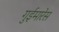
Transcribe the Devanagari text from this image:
गुईमारेस